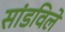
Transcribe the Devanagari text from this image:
सांडविले